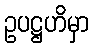
ဥပဋ္ဌဟိမှာ